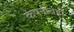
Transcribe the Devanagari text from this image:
कंपनीतही